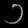
Digit: ၁